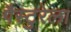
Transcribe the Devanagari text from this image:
पैस्टुरेला